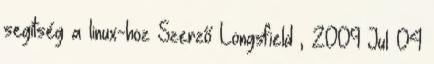
segítség a linux-hoz Szerző Longsfield , 2009 Jul 04